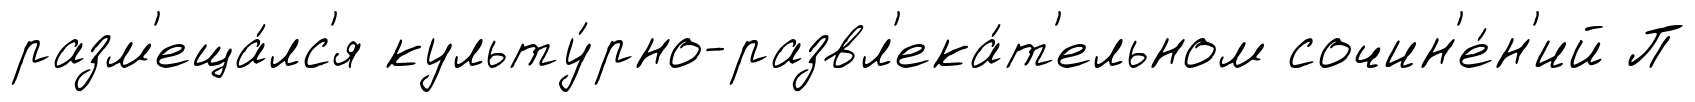
разм'еща́лс'я культу́рно-развл'ека́т'ельном сочин'е́н'ий П